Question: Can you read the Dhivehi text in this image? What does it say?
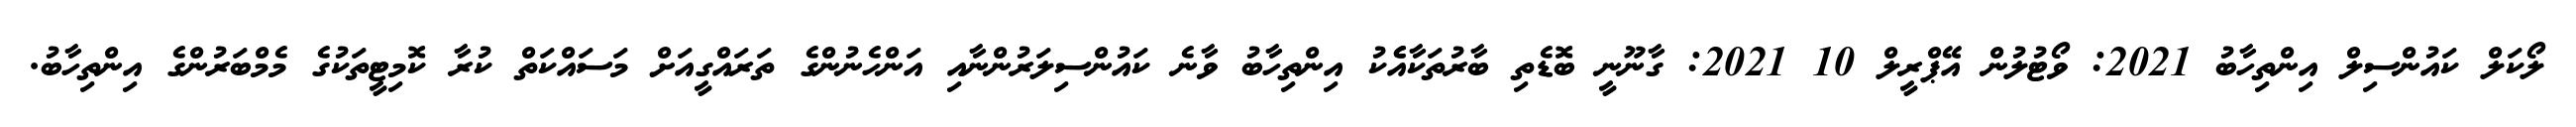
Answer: ލޯކަލް ކައުންސިލް އިންތިހާބު 2021: ވޯޓުލުން އޭޕްރީލް 10 2021: ގާނޫނީ ބޮޑެތި ބާރުތަކާއެެކު އިންތިހާބު ވާނެ ކައުންސިލަރުންނާއި އަންހެނުންގެ ތަރައްގީއަށް މަސައްކަތް ކުރާ ކޮމިޓީތަކުގެ މެމްބަރުންގެ އިންތިހާބު.